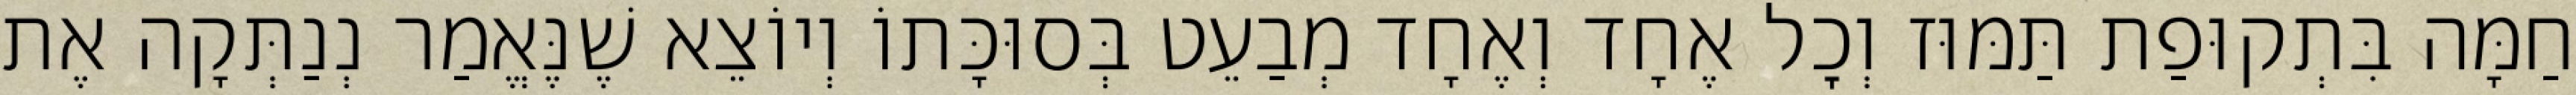
חַמָּה בִּתְקוּפַת תַּמּוּז וְכׇל אֶחָד וְאֶחָד מְבַעֵט בְּסוּכָּתוֹ וְיוֹצֵא שֶׁנֶּאֱמַר נְנַתְּקָה אֶת